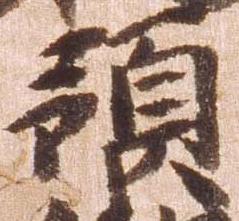
預